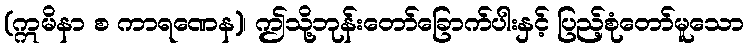
(ဣမိနာ စ ကာရဏေန)၊ ဤသို့ဘုန်းတော်ခြောက်ပါးနှင့် ပြည့်စုံတော်မူသော